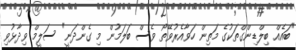
"ބައެއް ބިލްޑިންގްތަކުގެ މަތިން ހަވާއެރުވޭތޯ ވެސް ބަލަމުން މި ގެންދަނީ" ސަލީމް ވިދާޅުވި